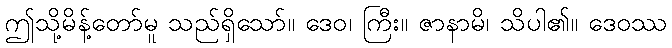
ဤသို့မိန့်တော်မူ သည်ရှိသော်။ ဒေဝ၊ ကြီး။ ဇာနာမိ၊ သိပါ၏။ ဒေဝဿ